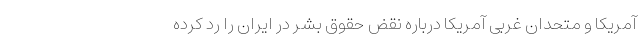
آمریکا و متحدان غربی آمریکا درباره نقض حقوق بشر در ایران را رد کرده